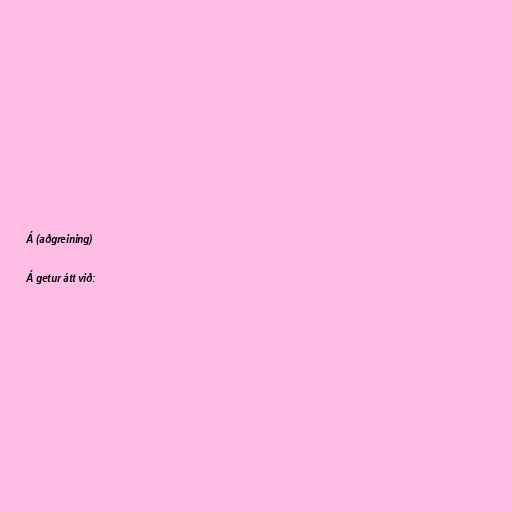
Á (aðgreining)

Á getur átt við: